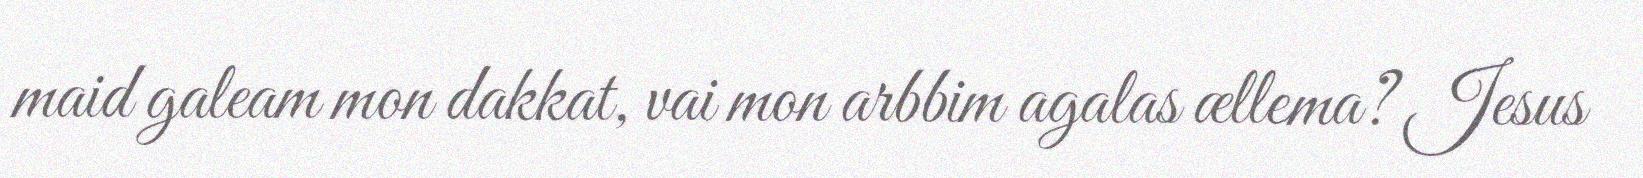
maid galeam mon dakkat, vai mon arbbim agalas ællema? Jesus